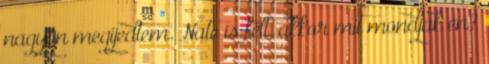
nagyon megijedtem. Nate is félt, akkor mit mondjak én?